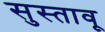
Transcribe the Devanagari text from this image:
सुस्तावू